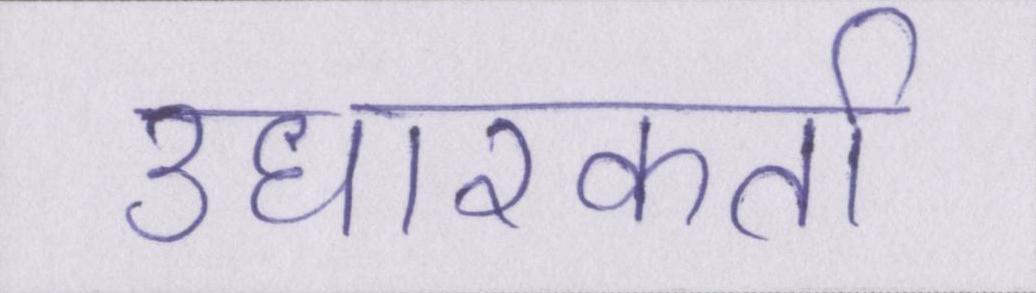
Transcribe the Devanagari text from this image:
उधारकर्ता